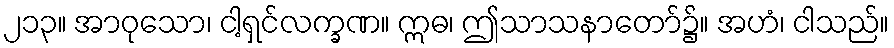
၂၁၃။ အာဝုသော၊ ငါ့ရှင်လက္ခဏ။ ဣဓ၊ ဤသာသနာတော်၌။ အဟံ၊ ငါသည်။